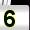
Digit: 5